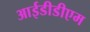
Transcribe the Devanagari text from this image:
आईडीडीएम